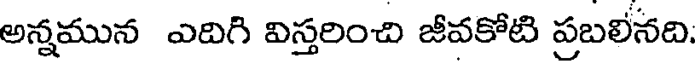
అన్నమున ఎదిగి విస్తరించి జీవకోటి ప్రబలీనది